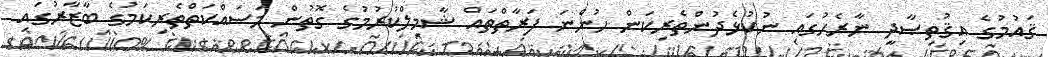
ޤައުމުގެ އިޤުތިޞާދީ ނާރެހުގައި ނުކުޅެދުންތެރިކަން ހުންނަ ފަރާތްތައް ޝާމިލްކުރުމުގެ ގޮތުން މަސައްކަތްތެރިކަމުގެ ބާޒާރުގައި